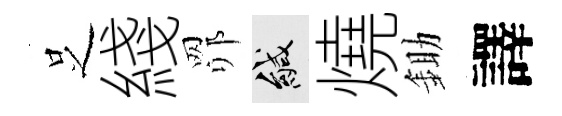
𠯁綫𦊑緘燒鋤譯